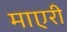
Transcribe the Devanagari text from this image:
माएरी